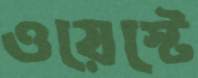
ওয়েস্টে